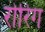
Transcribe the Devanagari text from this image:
रोरिग